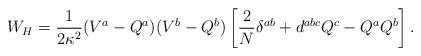
LaTeX: \begin{align*}W_H=\frac{1}{2\kappa^2}(V^a-Q^a)(V^b-Q^b)\left[\frac{2}{N}\delta^{ab}+d^{abc} Q^c-Q^a Q^b\right].\end{align*}